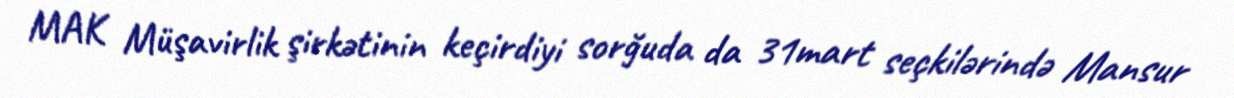
MAK Müşavirlik şirkətinin keçirdiyi sorğuda da 31mart seçkilərində Mansur